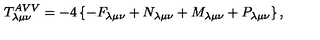
T _ { \lambda \mu \nu } ^ { A V V } = - 4 \left\{ - F _ { \lambda \mu \nu } + N _ { \lambda \mu \nu } + M _ { \lambda \mu \nu } + P _ { \lambda \mu \nu } \right\} ,